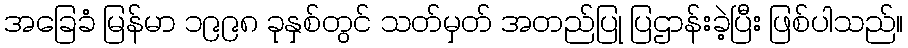
အခြေခံ မြန်မာ ၁၉၉၈ ခုနှစ်တွင် သတ်မှတ် အတည်ပြု ပြဌာန်းခဲ့ပြီး ဖြစ်ပါသည်။